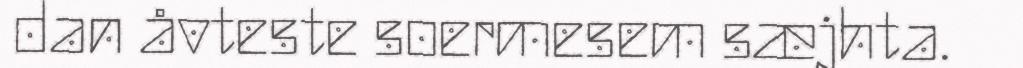
dan åvteste soermesem sæjhta.